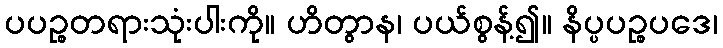
ပပဉ္စတရားသုံးပါးကို။ ဟိတွာန၊ ပယ်စွန့်၍။ နိပ္ပပဉ္စပဒေ၊